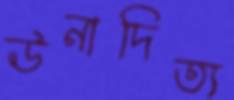
ঊনাদিত্য